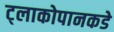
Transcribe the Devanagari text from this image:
ट्लाकोपानकडे